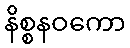
နိစ္စနဝကော